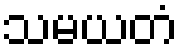
သမယတံ